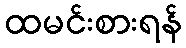
ထမင်းစားရန်